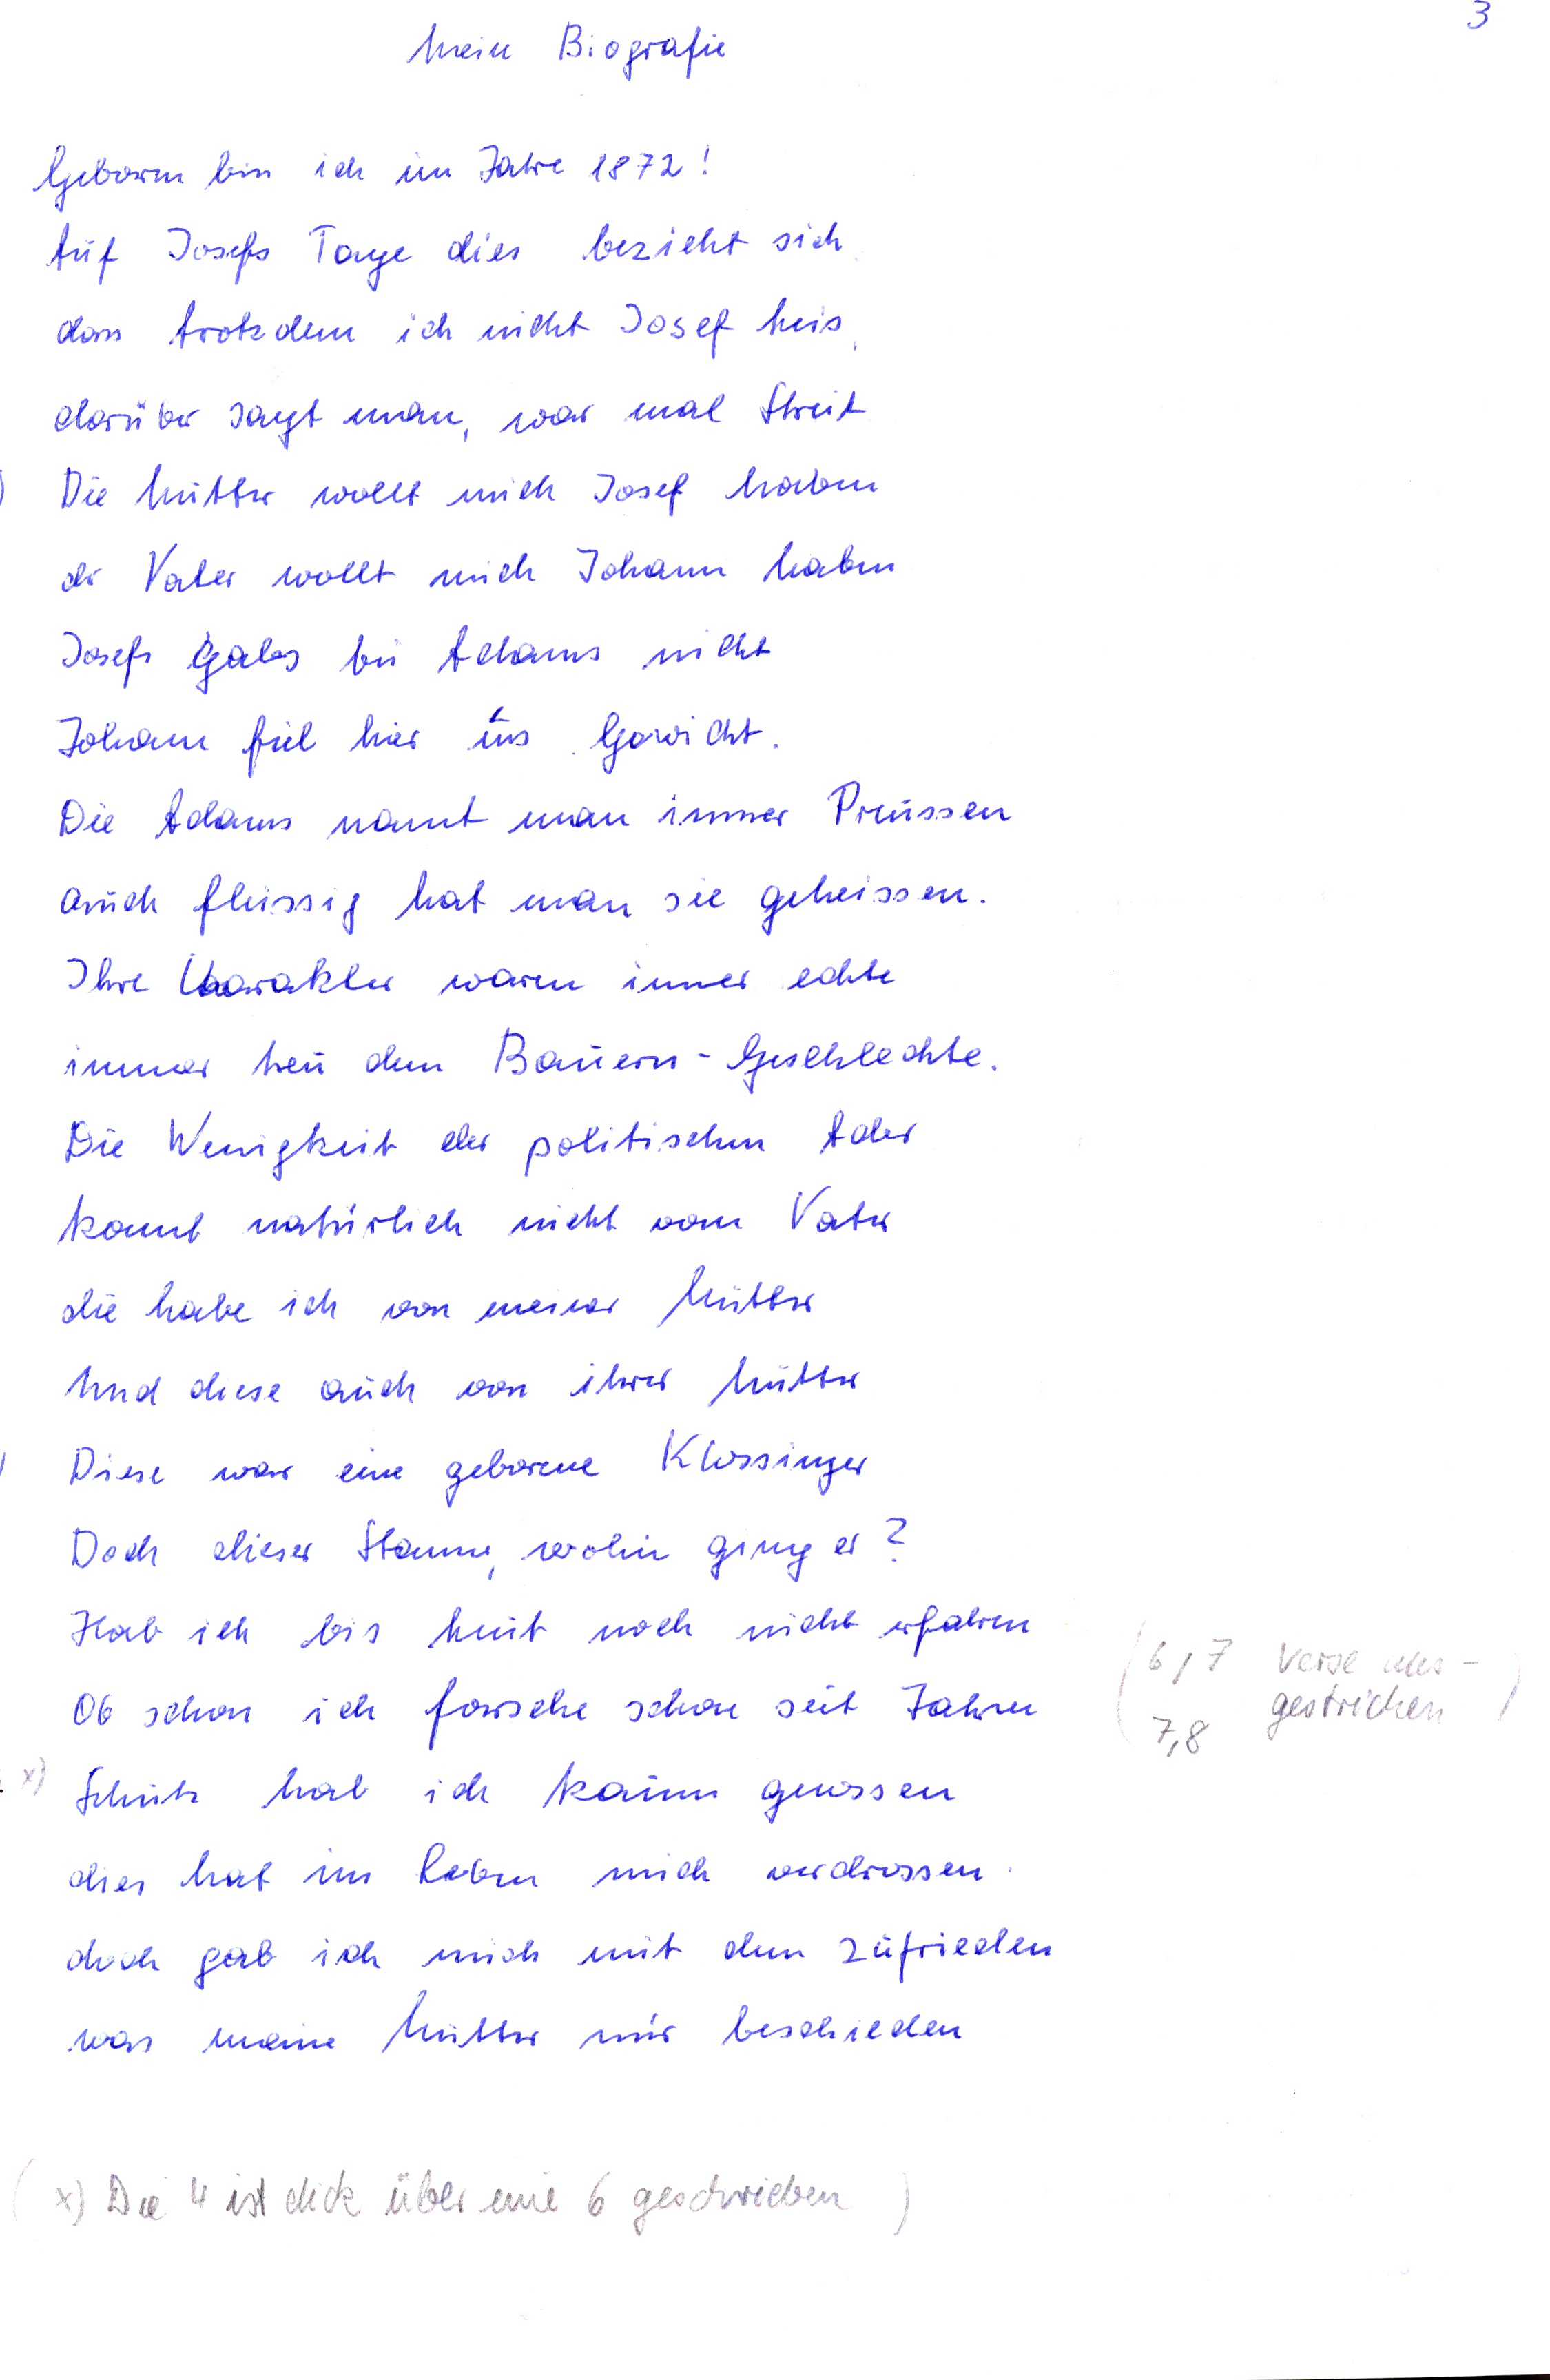
Mein Biografie
Geboren bin ich im Jahre 1872!
Auf Josefs Tage dies bezieht sich
dass trotzdem ich nicht Josef heis
darüber sagt man, war mal Streit
Die Mutter wollt mich Josef haben
der Vater wollt mich Johann haben
Josefs gabs bei Adams nicht
Johann fiel hier ins Gewicht
Die Adams nannt man immer Preussen
auch fleissig hat man sie geheissen
Ihre Karakter waren immer echte
immer treu dem Bauern-Geschlechte
Die Wenigkeit der politischen Ader
kommt natürlich nicht vom Vater
die habe ich von meiner Mutter
und diese auch von ihrer Mutter
Diese war eine geborene Klossinger
Doch dieser Stamm, wohin ging er?
Hab ich bis heut noch nicht erfahren
Ob schon ich forsche schon seit Jahren
Schutz hab ich kaum genossen
dies hat im Leben mich verdrossen
doch gab ich mich mit dem zufrieden
was meine Mutter mir beschieden
x) Die 4 ist dick über eine 6 geschrieben

6,7 Verse aus
gestrichen
7,8